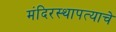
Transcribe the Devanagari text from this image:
मंदिरस्थापत्याचे